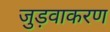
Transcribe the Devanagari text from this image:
जुड़वाकरण